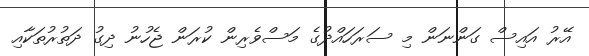
އޭރު އައިސް ގަންނަން މި ސަރަހައްދުގެ މަސްވެރިން ކުރަން ޖެހުނު ދިގު ދަތުރުތަކާއި